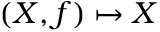
( X , f ) \mapsto X